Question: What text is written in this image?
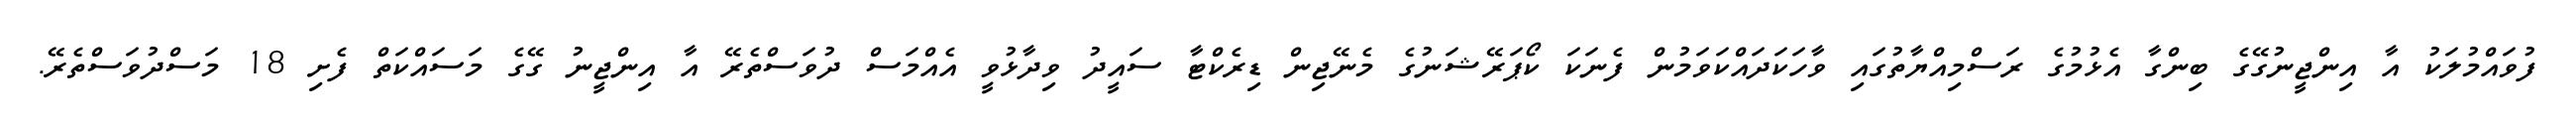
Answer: ފުވައްމުލަކު އާ އިންޖީނުގޭގެ ބިންގާ އެޅުމުގެ ރަސްމިއްޔާތުގައި ވާހަކަދައްކަވަމުން ފެނަކަ ކޯޕަރޭޝަނުގެ މެނޭޖިން ޑިރެކްޓާ ސައީދު ވިދާޅުވީ އެއްމަސް ދުވަސްތެރޭ އާ އިންޖީނު ގޭގެ މަސައްކަތް ފެށި 18 މަސްދުވަސްތެރޭ.